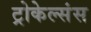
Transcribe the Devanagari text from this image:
ट्रोकेल्संस